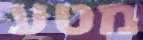
מטע